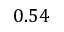
0 . 5 4